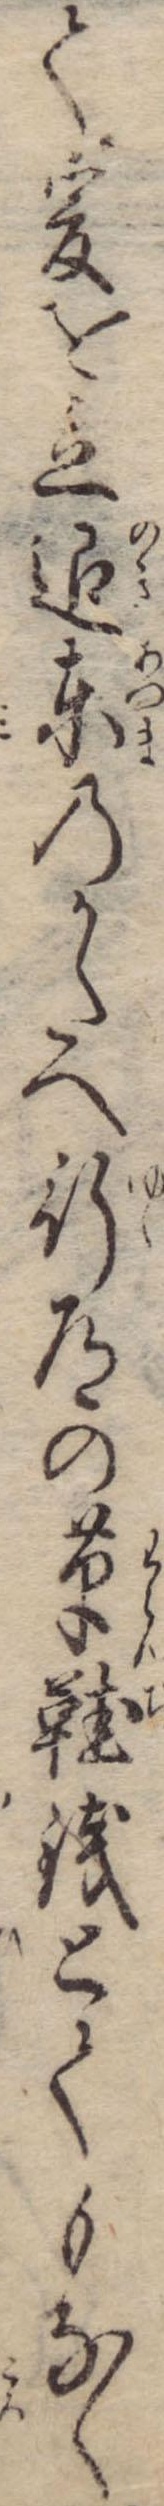
て爰を立退東のかたへ行道の草鞋銭とてもなく